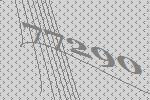
77290